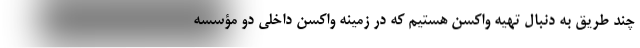
چند طریق به دنبال تهیه واکسن هستیم که در زمینه واکسن داخلی دو مؤسسه